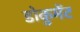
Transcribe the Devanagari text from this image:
डोकुमेंट